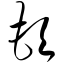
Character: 顿